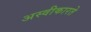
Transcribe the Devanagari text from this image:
अस्‍वीकारते